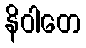
နိဝါတေ